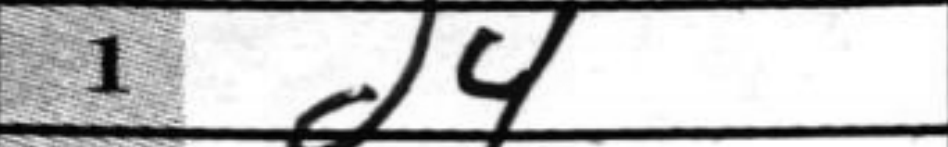
Transcription: d4